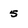
Character: 5